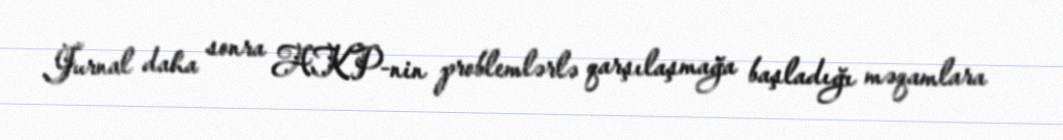
Jurnal daha sonra AKP-nin problemlərlə qarşılaşmağa başladığı məqamlara